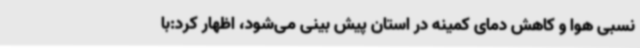
نسبی هوا و کاهش دمای کمینه در استان پیش بینی می‌شود، اظهار کرد:با